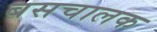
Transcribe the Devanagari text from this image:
बसचालक